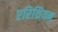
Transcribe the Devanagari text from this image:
एरिथ्रियन